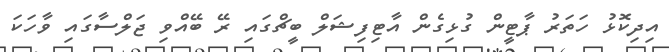
އިދިކޮޅު ހަތަރު ޕާޓީން ގުޅިގެން އާޓިފިޝަލް ބީޗްގައި ރޭ ބޭއްވި ޖަލްސާގައި ވާހަކަ